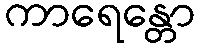
ကာရေန္တော